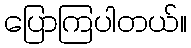
ပြောကြပါတယ်။